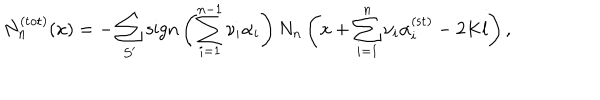
N _ { n } ^ { ( \mathrm { t o t } ) } ( x ) = - \sum _ { { \cal S } ^ { \prime } } \mathrm { s i g n } \left( \sum _ { i = 1 } ^ { n - 1 } \nu _ { i } \alpha _ { i } \right) N _ { n } \left( x + \sum _ { i = 1 } ^ { n } \nu _ { i } \alpha _ { i } ^ { ( \mathrm { s t } ) } - 2 K l \right) ,